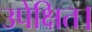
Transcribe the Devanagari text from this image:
उपेक्षित।